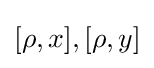
[\rho ,x],[\rho ,y]